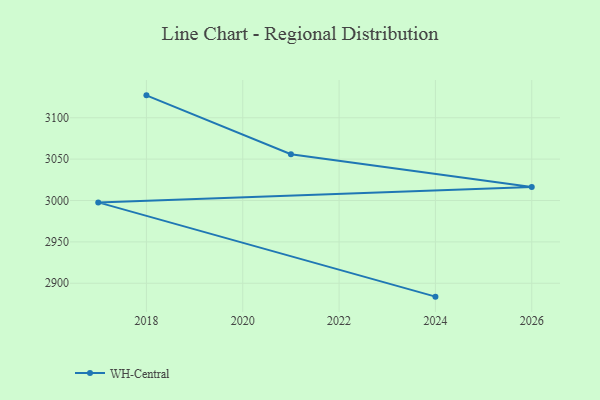
{"axis": {"x": "Year", "y": "Tickets Resolved"}, "legend": ["WH-Central"], "data": [{"x": "2024", "y": 2883.8, "type": "WH-Central"}, {"x": "2017", "y": 2997.7, "type": "WH-Central"}, {"x": "2026", "y": 3016.2, "type": "WH-Central"}, {"x": "2021", "y": 3056.0, "type": "WH-Central"}, {"x": "2018", "y": 3127.1, "type": "WH-Central"}]}